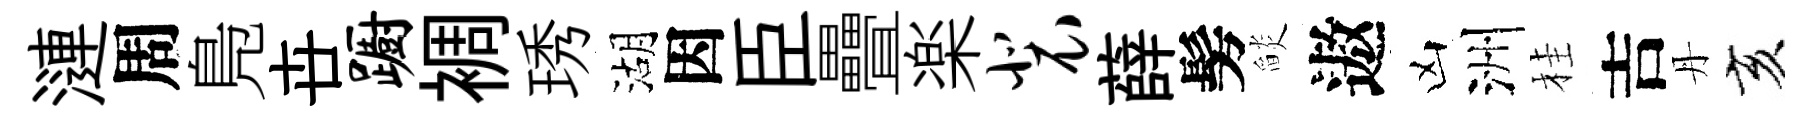
漣周鳬卋蹰裯琇湖因臣疊楽裴薛髣𦦨遨凶洲桂吉丹亥